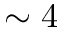
\sim 4